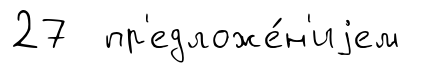
27 пр'едложе́н'иjем